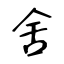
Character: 舍